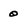
Character: 0